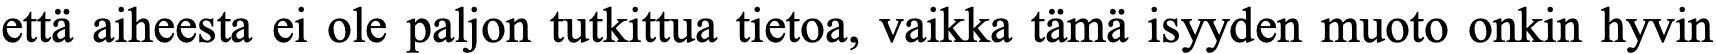
että aiheesta ei ole paljon tutkittua tietoa, vaikka tämä isyyden muoto onkin hyvin